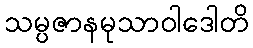
သမ္ပဇာနမုသာဝါဒေါတိ